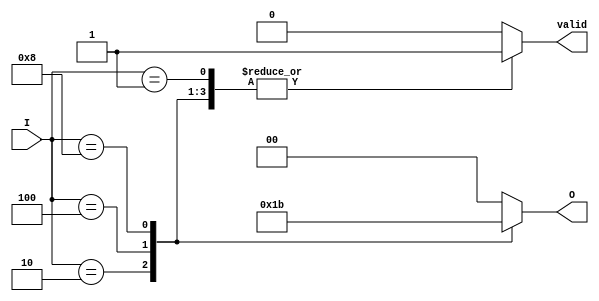
module one_of_n_encoder (
    input wire [3:0] I,      // 4 input lines
    output reg [1:0] O,      // 2 output lines (log2(4) = 2)
    output reg valid         // Valid signal to indicate if an input is active
);

    always @(*) begin
        // Default output values
        O = 2'b00; // Default output
        valid = 1'b0; // Default valid signal

        case (I)
            4'b0001: begin O = 2'b00; valid = 1'b1; end // I[0] is high
            4'b0010: begin O = 2'b01; valid = 1'b1; end // I[1] is high
            4'b0100: begin O = 2'b10; valid = 1'b1; end // I[2] is high
            4'b1000: begin O = 2'b11; valid = 1'b1; end // I[3] is high
            default: begin O = 2'b00; valid = 1'b0; end // No valid input
        endcase
    end

endmodule